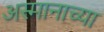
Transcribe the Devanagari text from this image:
अस्मानाच्या